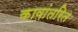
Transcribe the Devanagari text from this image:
कावांतरित